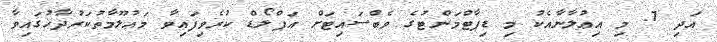
އަދި 7. މި އިޢުލާނާއެކު މި ޑިޕާޓްމަންޓުގެ ވެބްސައިޓަށް އަޕްލޯޑް ކުރެވިފައިވާ މަޢުލޫމާތުކަރުދާހުގައިވާ